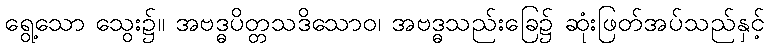
ရွေ့သော သွေး၌။ အဗဒ္ဓပိတ္တသဒိသောဝ၊ အဗဒ္ဓသည်းခြေ၌ ဆုံးဖြတ်အပ်သည်နှင့်